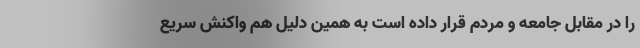
را در مقابل جامعه و مردم قرار داده است به همین دلیل هم واکنش سریع